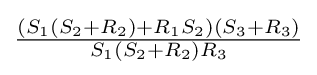
{\tfrac {(S_{1}(S_{2}+R_{2})+R_{1}S_{2})(S_{3}+R_{3})}{S_{1}(S_{2}+R_{2})R_{3}}}